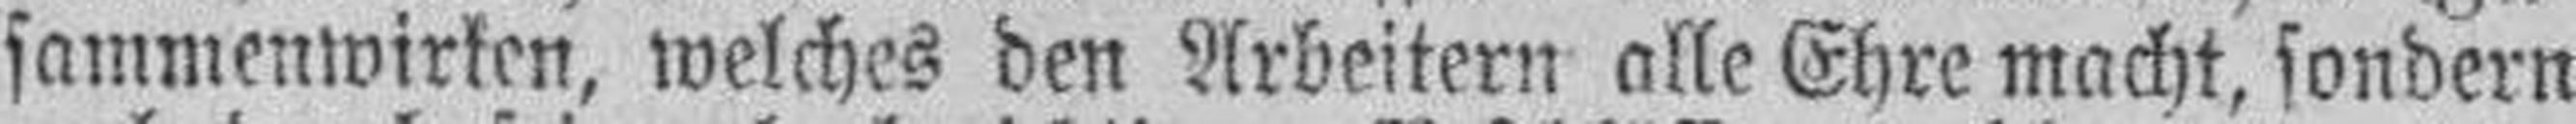
sammenwirken, welches den Arbeitern alle Ehre macht, sondern